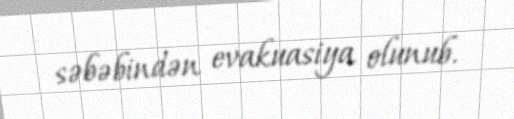
səbəbindən evakuasiya olunub.